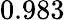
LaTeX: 0.983